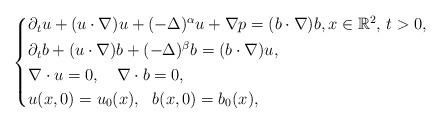
LaTeX: \begin{align*}\left\{\aligned&\partial_{t}u+(u\cdot\nabla)u+(-\Delta)^{\alpha}u+\nabla p=(b\cdot\nabla) b,x \in \mathbb{R}^{2},\, t>0,\\&\partial_{t}b+(u\cdot\nabla)b+(-\Delta)^{\beta}b=(b\cdot\nabla)u,\\&\nabla\cdot u=0,\ \ \ \nabla\cdot b=0,\\&u(x,0)=u_{0}(x),\ \ b(x,0)=b_{0}(x),\endaligned \right.\end{align*}